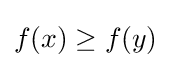
f\!\left(x\right)\geq f\!\left(y\right)